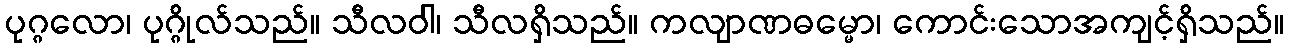
ပုဂ္ဂလော၊ ပုဂ္ဂိုလ်သည်။ သီလဝါ၊ သီလရှိသည်။ ကလျာဏဓမ္မော၊ ကောင်းသောအကျင့်ရှိသည်။